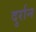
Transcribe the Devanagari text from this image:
दुर्रान